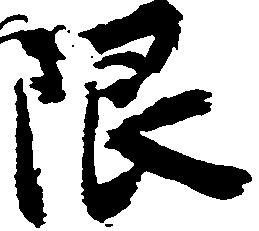
限